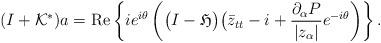
LaTeX: \begin{align*}(I+\mathcal{K}^*)a =\operatorname{Re}\left\{ie^{i\theta}\left( \bigl(I-\mathfrak{H}\bigr)\bigl(\bar{z}_{tt}-i+\frac {\partial_\alpha P}{|z_\alpha|} e^{-i\theta}\right)\right\}.\end{align*}